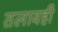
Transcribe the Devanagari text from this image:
तलावही